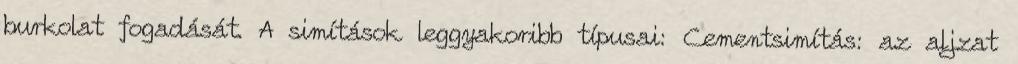
burkolat fogadását. A simítások leggyakoribb típusai: Cementsimítás: az aljzat